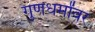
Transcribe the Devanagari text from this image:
गुणधर्मांवर